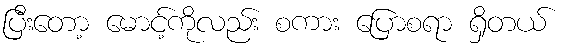
ပြီးတော့ မောင့်ကိုလည်း စကား ပြောစရာ ရှိတယ်